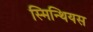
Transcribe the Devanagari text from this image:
स्मिन्थियस